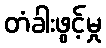
တံခါးဖွင့်မှု